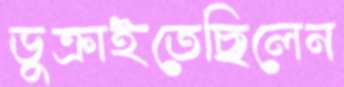
ডুক্‌রাইতেছিলেন